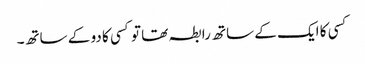
کسی کا ایک کے ساتھ رابطہ تھا تو کسی کا دو کے ساتھ۔